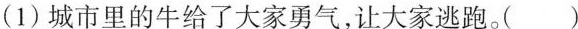
(1)城市里的牛给了大家勇气，让大家逃跑。( )